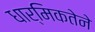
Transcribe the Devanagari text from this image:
धार्मिकतेने